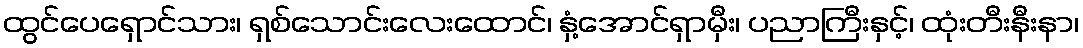
ထွင်ပေရှောင်သား၊ ရှစ်သောင်းလေးထောင်၊ နှံ့အောင်ရှာမှီး၊ ပညာကြီးနှင့်၊ ထုံးတီးနီးနာ၊